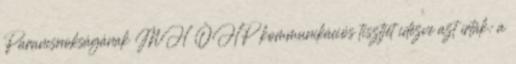
Parancsnokságának MH ÖHP kommunikációs tisztjét idézve azt írták: a